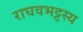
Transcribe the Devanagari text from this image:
राघवभट्टस्य